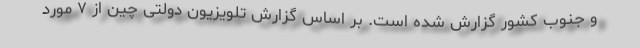
و جنوب کشور گزارش شده است. بر اساس گزارش تلویزیون دولتی چین از ۷ مورد